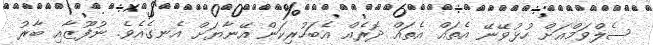
ސެލްވަމްއަށް ހުޅުވޭނޭ އެތައް އެތައް ދޮރެއް އެބަހުރިކަން އޭނާޔަށް އެނގެއެވެ. ނުފޫޒާއި ބާރު